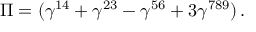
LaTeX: \Pi = ( \gamma ^ { 1 4 } + \gamma ^ { 2 3 } - \gamma ^ { 5 6 } + 3 \gamma ^ { 7 8 9 } ) \, .